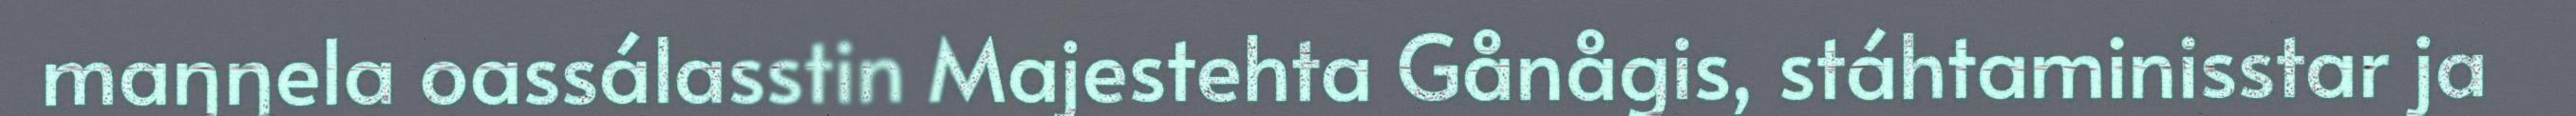
maŋŋela oassálasstin Majestehta Gånågis, stáhtaminisstar ja